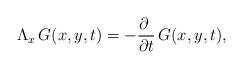
LaTeX: \begin{align*}\Lambda_x \, G (x,y,t) = - \frac{\partial\phantom{t}}{\partial t} \, G(x,y,t), \end{align*}